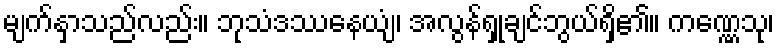
မျက်နှာသည်လည်း။ ဘုသံဒဿနေယျံ၊ အလွန်ရှုချင်ဘွယ်ရှိ၏။ ကဏ္ဏေသု၊